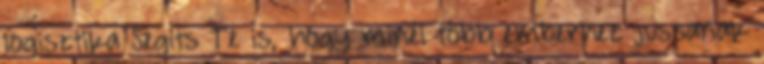
logisztika Segíts Te is, hogy minél több emberhez jussanak